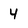
Character: 4